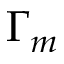
\Gamma _ { m }